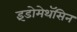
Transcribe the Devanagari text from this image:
इंडोमेथॅसिन